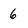
Character: 6